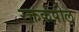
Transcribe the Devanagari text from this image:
रक्तकपोल